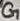
Text: G